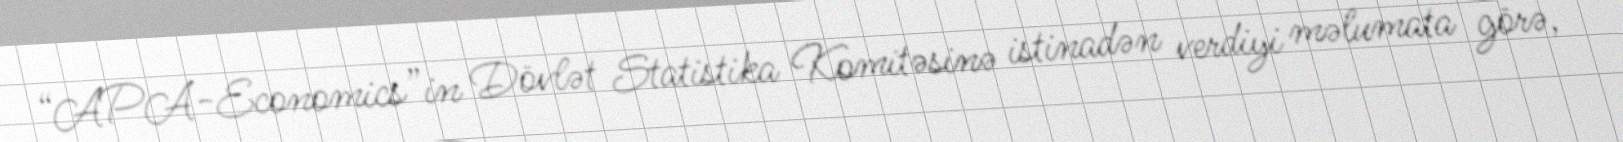
“APA-Economics”in Dövlət Statistika Komitəsinə istinadən verdiyi məlumata görə,